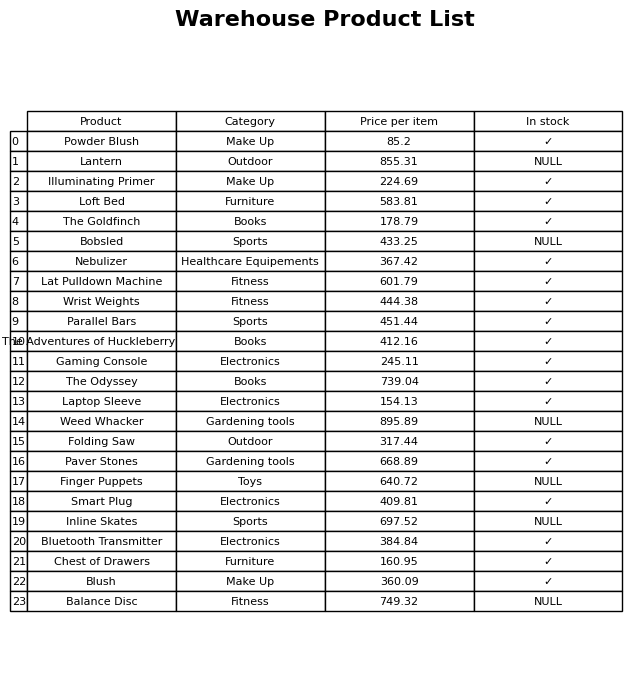
question: What is the price for Powder Blush?
answer: The price of Powder Blush is 85.2.